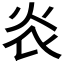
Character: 𤆟